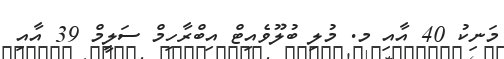
މަނިކު 40 އާއި މ. މުލި ބުލޫވެއިޓް އިބްރާހިމް ސަލީމް 39 އާއި